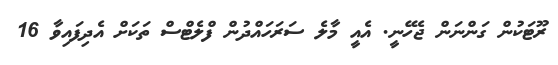
ރޫޓަކުން ގަންނަން ޖެހޭނީ. އެއީ މާލެ ސަރަހައްދުން ފްލެޓްސް ތަކަށް އެދިފައިވާ 16